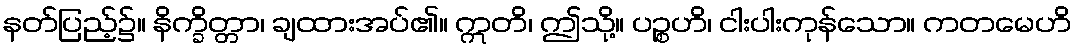
နတ်ပြည့်၌။ နိက္ခိတ္တာ၊ ချထားအပ်၏။ ဣတိ၊ ဤသို့။ ပဉ္စဟိ၊ ငါးပါးကုန်သော။ ကတမေဟိ